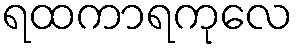
ရထကာရကုလေ